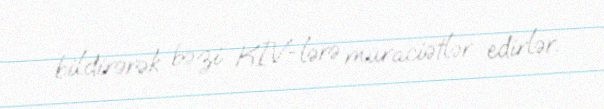
bildirərək bəzi KİV-lərə müraciətlər edirlər.